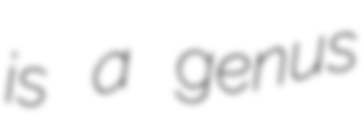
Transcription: is a genus